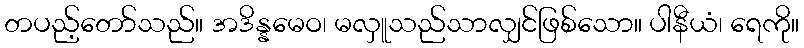
တပည့်တော်သည်။ အဒိန္နမေဝ၊ မလှူသည်သာလျှင်ဖြစ်သော။ ပါနီယံ၊ ရေကို။